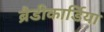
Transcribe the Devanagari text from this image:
ब्रैडीकार्डिया